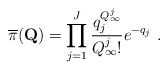
\begin{align*} {{\overline{\pi}}}(\mathbf{{Q}})=\prod\limits_{j = 1}^J {\frac{{q_j^{{Q_\infty^j}}}}{{{Q_\infty^j}!}}{e^{ - {q_j}}}} \ .\end{align*}